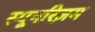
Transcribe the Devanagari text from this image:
स्पूनरिज़म